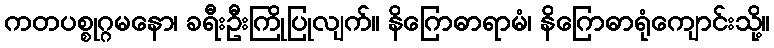
ကတပစ္စုဂ္ဂမနော၊ ခရီးဦးကြိုပြုလျက်။ နိဂြောဓာရာမံ၊ နိဂြောဓာရုံကျောင်းသို့။